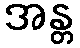
အန္တ